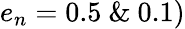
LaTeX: e_{n}=0.5~\& ~0.1)